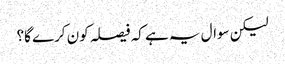
لیکن سوال یہ ہے کہ فیصلہ کون کرے گا؟